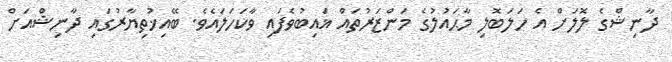
ދާނިޝްގެ ލޮލަށް އެ ހަލަބޮލި މާޙައުލުގެ މަންޒަރުތައް ޣައިބުވެފައި ވާކަހަލައެވެ. ބޭއިޚުތިޔާރުގައި ދާނިޝްއަށް